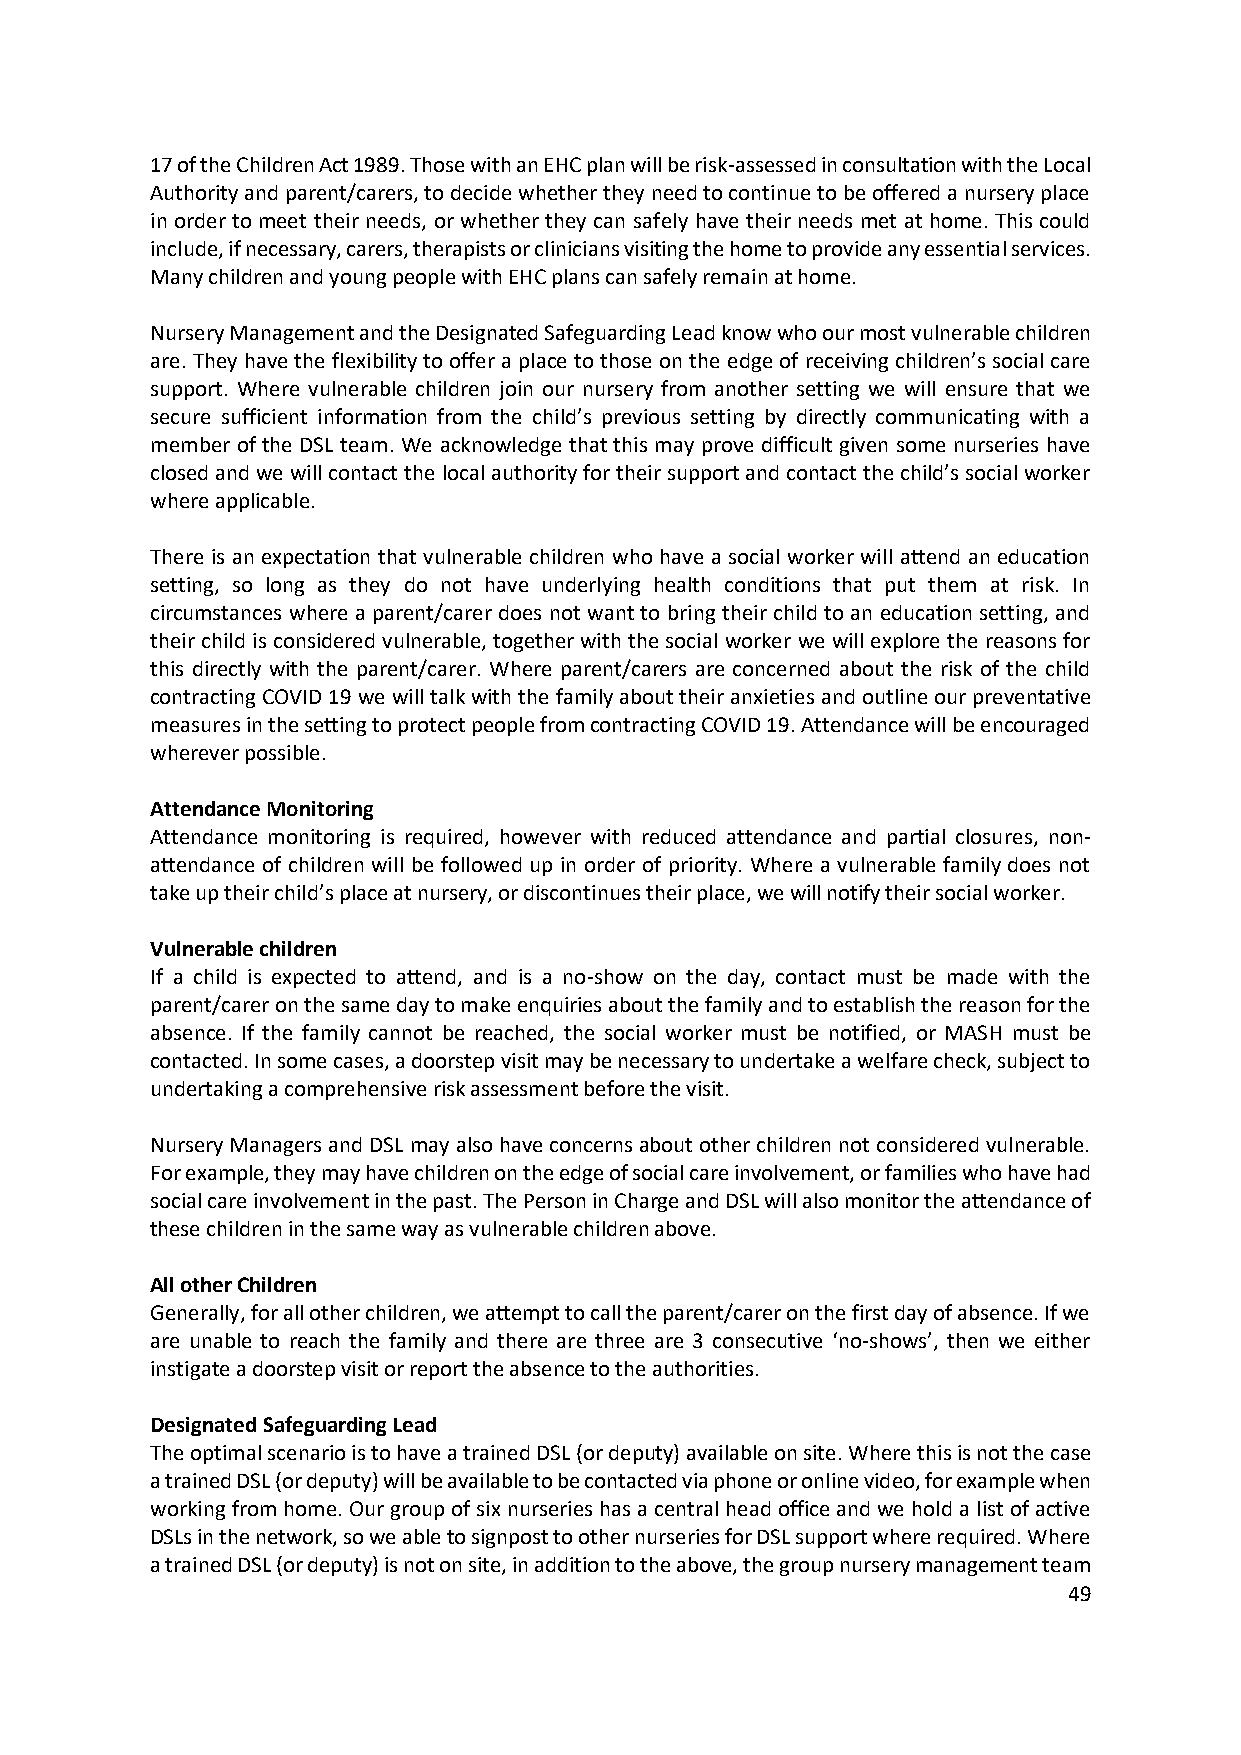
17 of the Children Act 1989. Those with an EHC plan will be risk-assessed in consultation with the Local
 Authority and parent/carers, to decide whether they need to continue to be offered a nursery place
 in order to meet their needs, or whether they can safely have their needs met at home. This could
 include, if necessary, carers, therapists or clinicians visiting the home to provide any essential services.
 Many children and young people with EHC plans can safely remain at home.
 Nursery Management and the Designated Safeguarding Lead know who our most vulnerable children
 are. They have the flexibility to offer a place to those on the edge of receiving children’s social care
 support. Where vulnerable children join our nursery from another setting we will ensure that we
 secure sufficient information from the child’s previous setting by directly communicating with a
 member of the DSL team. We acknowledge that this may prove difficult given some nurseries have
 closed and we will contact the local authority for their support and contact the child’s social worker
 where applicable.
 There is an expectation that vulnerable children who have a social worker will attend an education
 setting, so long as they do not have underlying health conditions that put them at risk. In
 circumstances where a parent/carer does not want to bring their child to an education setting, and
 their child is considered vulnerable, together with the social worker we will explore the reasons for
 this directly with the parent/carer. Where parent/carers are concerned about the risk of the child
 contracting COVID 19 we will talk with the family about their anxieties and outline our preventative
 measures in the setting to protect people from contracting COVID 19. Attendance will be encouraged
 wherever possible.
 Attendance Monitoring
 Attendance monitoring is required, however with reduced attendance and partial closures, non-
 attendance of children will be followed up in order of priority. Where a vulnerable family does not
 take up their child’s place at nursery, or discontinues their place, we will notify their social worker.
 Vulnerable children
 If a child is expected to attend, and is a no-show on the day, contact must be made with the
 parent/carer on the same day to make enquiries about the family and to establish the reason for the
 absence. If the family cannot be reached, the social worker must be notified, or MASH must be
 contacted. In some cases, a doorstep visit may be necessary to undertake a welfare check, subject to
 undertaking a comprehensive risk assessment before the visit.
 Nursery Managers and DSL may also have concerns about other children not considered vulnerable.
 For example, they may have children on the edge of social care involvement, or families who have had
 social care involvement in the past. The Person in Charge and DSL will also monitor the attendance of
 these children in the same way as vulnerable children above.
 All other Children
 Generally, for all other children, we attempt to call the parent/carer on the first day of absence. If we
 are unable to reach the family and there are three are 3 consecutive ‘no-shows’, then we either
 instigate a doorstep visit or report the absence to the authorities.
 Designated Safeguarding Lead
 The optimal scenario is to have a trained DSL (or deputy) available on site. Where this is not the case
 a trained DSL (or deputy) will be available to be contacted via phone or online video, for example when
 working from home. Our group of six nurseries has a central head office and we hold a list of active
 DSLs in the network, so we able to signpost to other nurseries for DSL support where required. Where
 a trained DSL (or deputy) is not on site, in addition to the above, the group nursery management team
 49